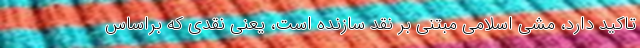
تاکید دارد، مشی اسلامی مبتنی بر نقد سازنده است، یعنی نقدی که براساس